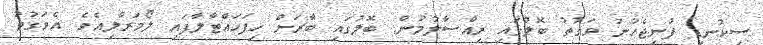
ސިކުނޑި ފުނިޖެހުުނު ވަގުތު ބޮލުގައި ރިއްސާލުމުން